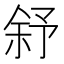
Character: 𱎻